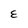
Character: E